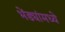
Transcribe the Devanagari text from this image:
भेंड्यांमध्ये